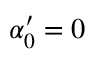
\alpha _ { 0 } ^ { \prime } = 0